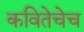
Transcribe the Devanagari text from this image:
कवितेचेच